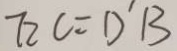
7 2 c = D ^ { \prime } B